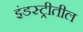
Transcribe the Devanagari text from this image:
इंडस्ट्रीतील